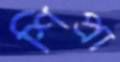
শিপ্রা